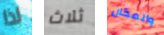
لذا ثلاث والمكان